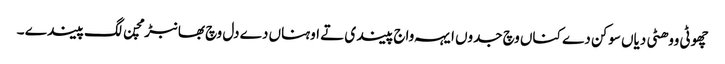
چھوٹی ووھٹی دیاں سوکن دے کناں وچ جدوں ایہہ واج پیندی تے اوہناں دے دل وچ بھانبڑ مچن لگ پیندے ۔